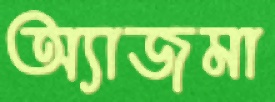
অ্যাজমা